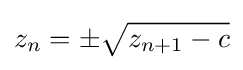
z_{n}=\pm {\sqrt {z_{n+1}-c}}